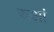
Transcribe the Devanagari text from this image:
रूआं